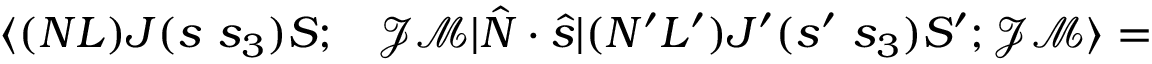
\begin{array} { r l } { \langle ( N L ) J ( s ~ s _ { 3 } ) S ; } & { { } \mathcal { J } \mathcal { M } | \hat { N } \cdot \hat { s } | ( N ^ { \prime } L ^ { \prime } ) J ^ { \prime } ( s ^ { \prime } ~ s _ { 3 } ) S ^ { \prime } ; \mathcal { J } \mathcal { M } \rangle = } \end{array}